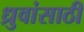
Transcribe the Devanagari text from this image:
ध्रुवांसाठी